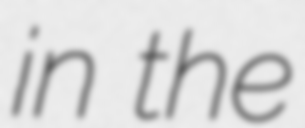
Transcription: in the